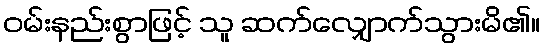
ဝမ်းနည်းစွာဖြင့် သူ ဆက်လျှောက်သွားမိ၏။